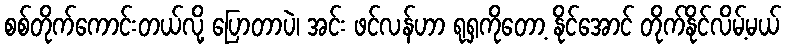
စစ်တိုက်ကောင်းတယ်လို့ ပြောတာပဲ၊ အင်း ဖင်လန်ဟာ ရုရှကိုတော့ နိုင်အောင် တိုက်နိုင်လိမ့်မယ်